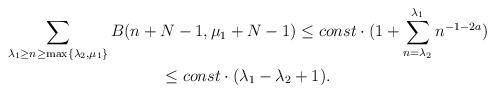
LaTeX: \begin{gather*}\sum_{\lambda_1\geq n\geq \max\{\lambda_2, \mu_1\}}{B(n + N - 1, \mu_1 + N - 1)}\leq const\cdot(1 + \sum_{n = \lambda_2}^{\lambda_1}{n^{-1-2a}})\\\leq const\cdot(\lambda_1 - \lambda_2 + 1).\end{gather*}